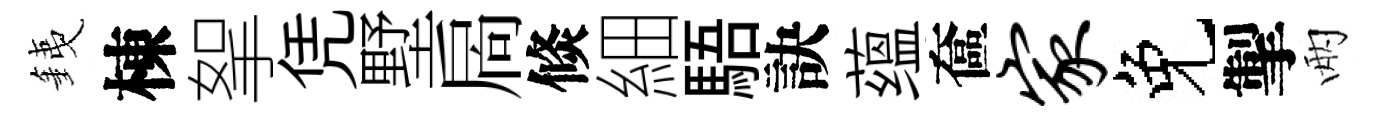
銕棟挐凭墅扄倐細䮏訣蕴奩家免掣兩